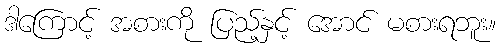
ဒါကြောင့် အစားကို ပြည့်နှင့် အောင် မစားရဘူး။